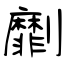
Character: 劘